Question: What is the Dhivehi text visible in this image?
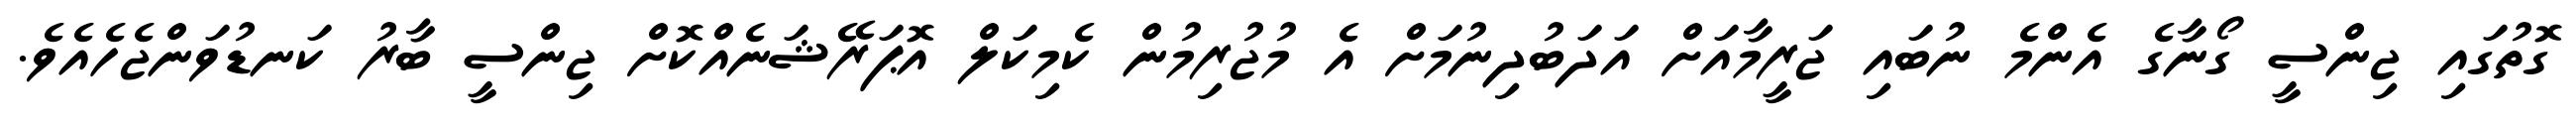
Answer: ގޮތުގައި ޖިންސީ ގޯނާގެ އެންމެ ނުބައި ޖަރީމާއަށް އަދަބުދިނުމަށް އެ މުޖުރިމުން ކެމިކަލް އޮޕަރޭޝަނެއްކޮށް ޖިންސީ ބާރު ކަނޑުވަންޖެހެއެވެ.